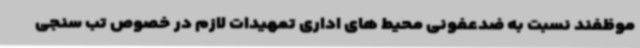
موظفند نسبت به ضدعفونی محیط های اداری تمهیدات لازم در خصوص تب سنجی